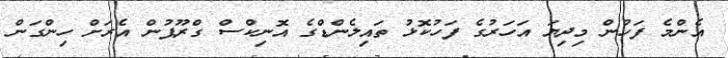
އެންމެ ފަހުން މިދިޔަ އަހަރުގެ ފަހުކޮޅު ތައިލެންޑްގެ އޮނިކްސް ގްރޫޕުން އެރަށް ހިންގަން